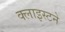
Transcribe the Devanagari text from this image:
क्लाइस्टने